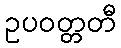
ဥပဝတ္တတီ